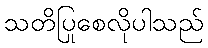
သတိပြုစေလိုပါသည်